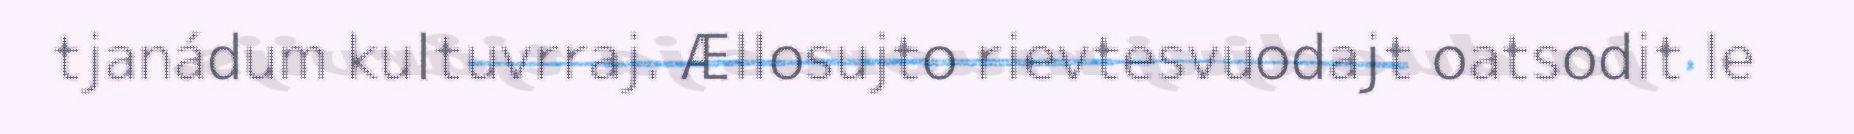
tjanádum kultuvrraj. Ællosujto rievtesvuodajt oatsodit le